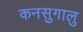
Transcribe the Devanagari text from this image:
कनसुगालु